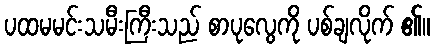
ပထမမင်းသမီးကြီးသည် စာပုလွေကို ပစ်ချလိုက် ၏။